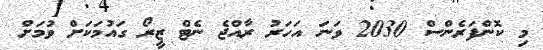
މި ކޮންފަރެންސް 2030 ވަނަ އަހަރު ރާއްޖެ ނެޓް ޒީރޯ ގައުމަކަށް ވުމަށް